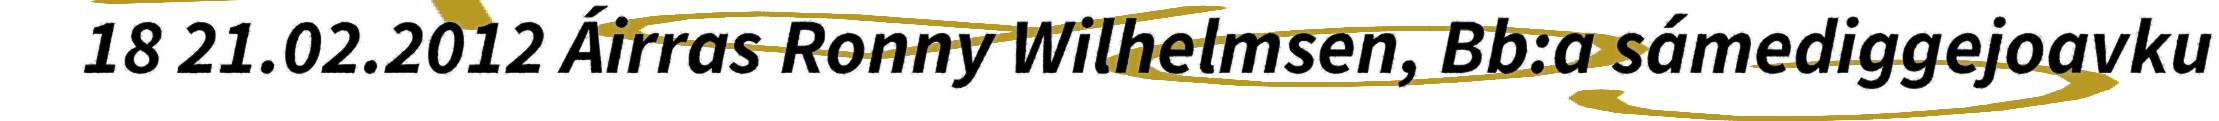
18 21.02.2012 Áirras Ronny Wilhelmsen, Bb:a sámediggejoavku